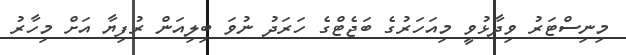
މިނިސްޓަރު ވިދާޅުވީ މިއަހަރުގެ ބަޖެޓްގެ ހަރަދު ނުވަ ބިލިއަން ރުފިޔާ އަށް މިހާރު